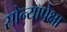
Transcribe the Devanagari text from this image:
सोन्यापेक्षा